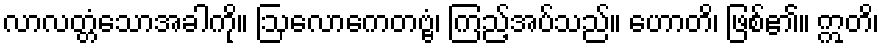
လာလတ္တံသောအခါကို။ ဩလောကေတဗ္ဗံ၊ ကြည့်အပ်သည်။ ဟောတိ၊ ဖြစ်၏။ ဣတိ၊